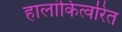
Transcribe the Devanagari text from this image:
हालांकित्वरित